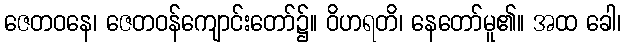
ဇေတဝနေ၊ ဇေတဝန်ကျောင်းတော်၌။ ဝိဟရတိ၊ နေတော်မူ၏။ အထ ခေါ၊